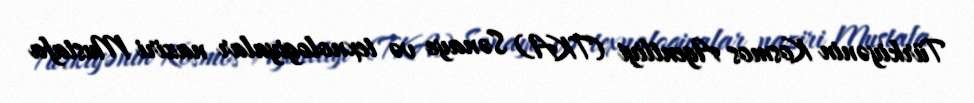
Türkiyənin Kosmos Agentliyi (TKA) Sənaye və texnologiyalar naziri Mustafa